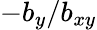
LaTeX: -b_{y}/b_{xy}